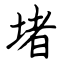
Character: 堵